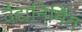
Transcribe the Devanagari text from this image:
वैद्यनिर्मित